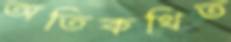
অতিকথিত